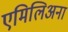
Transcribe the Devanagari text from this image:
एमिलिअना